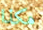
هكذا